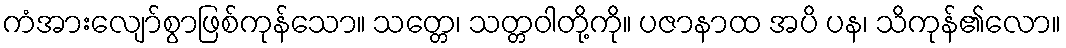
ကံအားလျော်စွာဖြစ်ကုန်သော။ သတ္တေ၊ သတ္တဝါတို့ကို။ ပဇာနာထ အပိ ပန၊ သိကုန်၏လော။